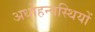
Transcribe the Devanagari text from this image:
अधोहन्वस्थियों